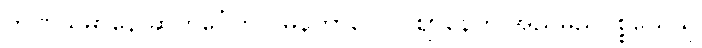
ဘဏိယမာနေ ဆဟင်္ဂေဟိ ဂမနကာလေပိ ဈာနေဟိ အညမညပစ္စယေသု